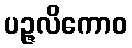
ပဉ္ဇလိကောဝ